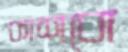
কাশবো